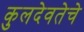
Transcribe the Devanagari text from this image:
कुलदेवतेचे